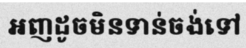
អញដូចមិនទាន់ចង់ទៅ